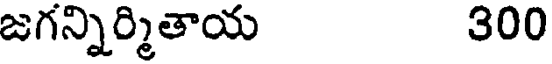
జగన్నిర్మితాయ 300